Report on vaccination in Madras 1877-1894 - 1877-1894
Year: 1877
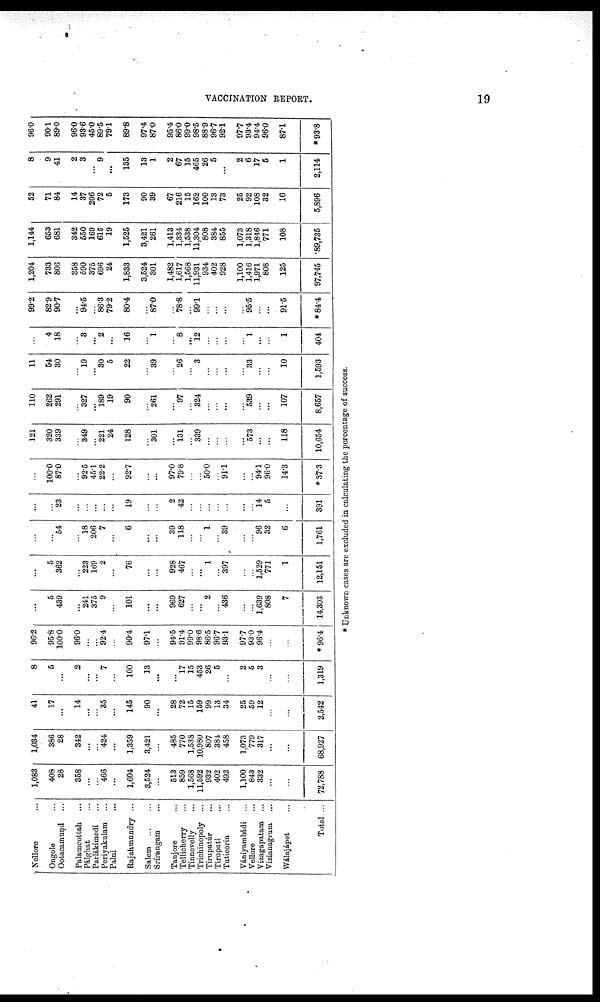
VACCINATION REPORT.
19
Nellore ...
Ongole ...
Ootacamund ...
Palamcottah ...
Pálghat ...
Parlákimedi ...
Periyakulam ...
Palni ...
Rajahmundry ...
Salem
...
...
Srírangam ...
Tanjore ...
Tellicherry ...
Tinnevelly ...
Trichinopoly ...
Tirupatúr ...
Tirupati ...
Tuticorin ...
Vániyambádi ...
Vellore ...
Vizagapatam ...
Vizianagrum ...
Wálajápet ...
Total ...
1,083
408
28
358
...
...
466
...
1,604
3,524
...
513
859
1,568
11,592
932
402
492
1,100
843
332
...
...
72,788
1,034
386
28
342
...
...
424
...
1,359
3,421
...
485
770
1,538
10,980
807
384
458
1,073
779
317
...
...
68,927
41
17
...
14
...
...
35
...
145
90
...
28
72
15
159
99
13
34
25
59
12
...
...
2,542
8
5
...
2
...
...
7
...
100
13
...
...
17
15
453
26
5
...
2
5
3
...
...
1,319
96.2
95.8
100.0
96.0
...
...
92.4
...
90.4
97.1
...
94.5
91.4
99.0
98.6
86.5
96.7
93.1
97.7
93.0
96.4
...
...
*96.4
...
5
439
...
241
375
9
...
101
...
...
969
627
...
...
2
...
436
...
...
1,639
808
7
14,303
...
5
362
...
223
169
2
...
76
...
...
928
467
...
...
1
...
397
...
...
1,529
771
1
12,151
...
...
54
...
18
206
7
...
6
...
...
39
118
...
...
1
...
39
...
...
96
32
6
1,761
...
...
23
...
...
...
...
...
19
...
...
2
42
...
...
..
...
...
...
...
14
5
...
391
...
100.0
87.0
...
92.5
45.1
22.2
...
92.7
...
...
97.0
79.8
...
...
50.0
...
91.1
...
...
94.1
96.0
14.3
*37.3
121
320
339
...
349
...
221
24
128
...
301
...
131
...
339
...
...
...
...
573
...
...
118
10,654
110
262
291
...
327
...
189
19
90
...
261
...
97
...
324
...
...
...
...
539
...
...
107
8,657
11
54
30
...
19
...
30
5
22
...
39
...
26
...
3
...
...
...
...
33
...
...
10
1,593
...
4
18
...
3
...
2
...
16
...
1
...
8
...
12
...
...
...
...
1
...
...
1
404
99.2
82.9
90.7
...
94.5
...
86.3
79.2
80.4
...
87.0
...
78.8
...
99.1
...
...
...
...
95.5
...
...
91.5
*84.4
1,204
733
806
358
590
375
696
24
1,833
3,524
301
1,482
1,617
1,568
11,931
934
402
928
1,100
1,416
1,971
808
125
97,745
1,144
653
681
342
550
169
615
19
1,525
3,421
261
1,413
1,334
1,538
11,304
808
384
855
1,073
1,318
1,846
771
108
89,735
52
71
84
14
37
206
72
5
173
90
39
67
216
15
162
100
13
73
25
92
108
32
16
5,896
8
9
41
2
3
...
9
...
135
13
1
2
67
15
465
26
5
...
2
6
17
5
1
2,114
96.0
90.1
89.0
96.0
93.6
45.0
89.5
79.1
89.8
97.4
87.0
95.4
86.0
99.0
98.5
88.9
96.7
92.1
97.7
93.4
94.4
96.0
87.1
*93.8
* Unknown cases are excluded in calculating the percentage of success.